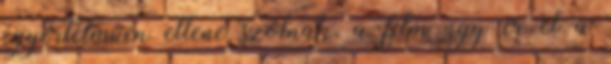
egyértelműen ellene szólnak, a film úgy ér el a